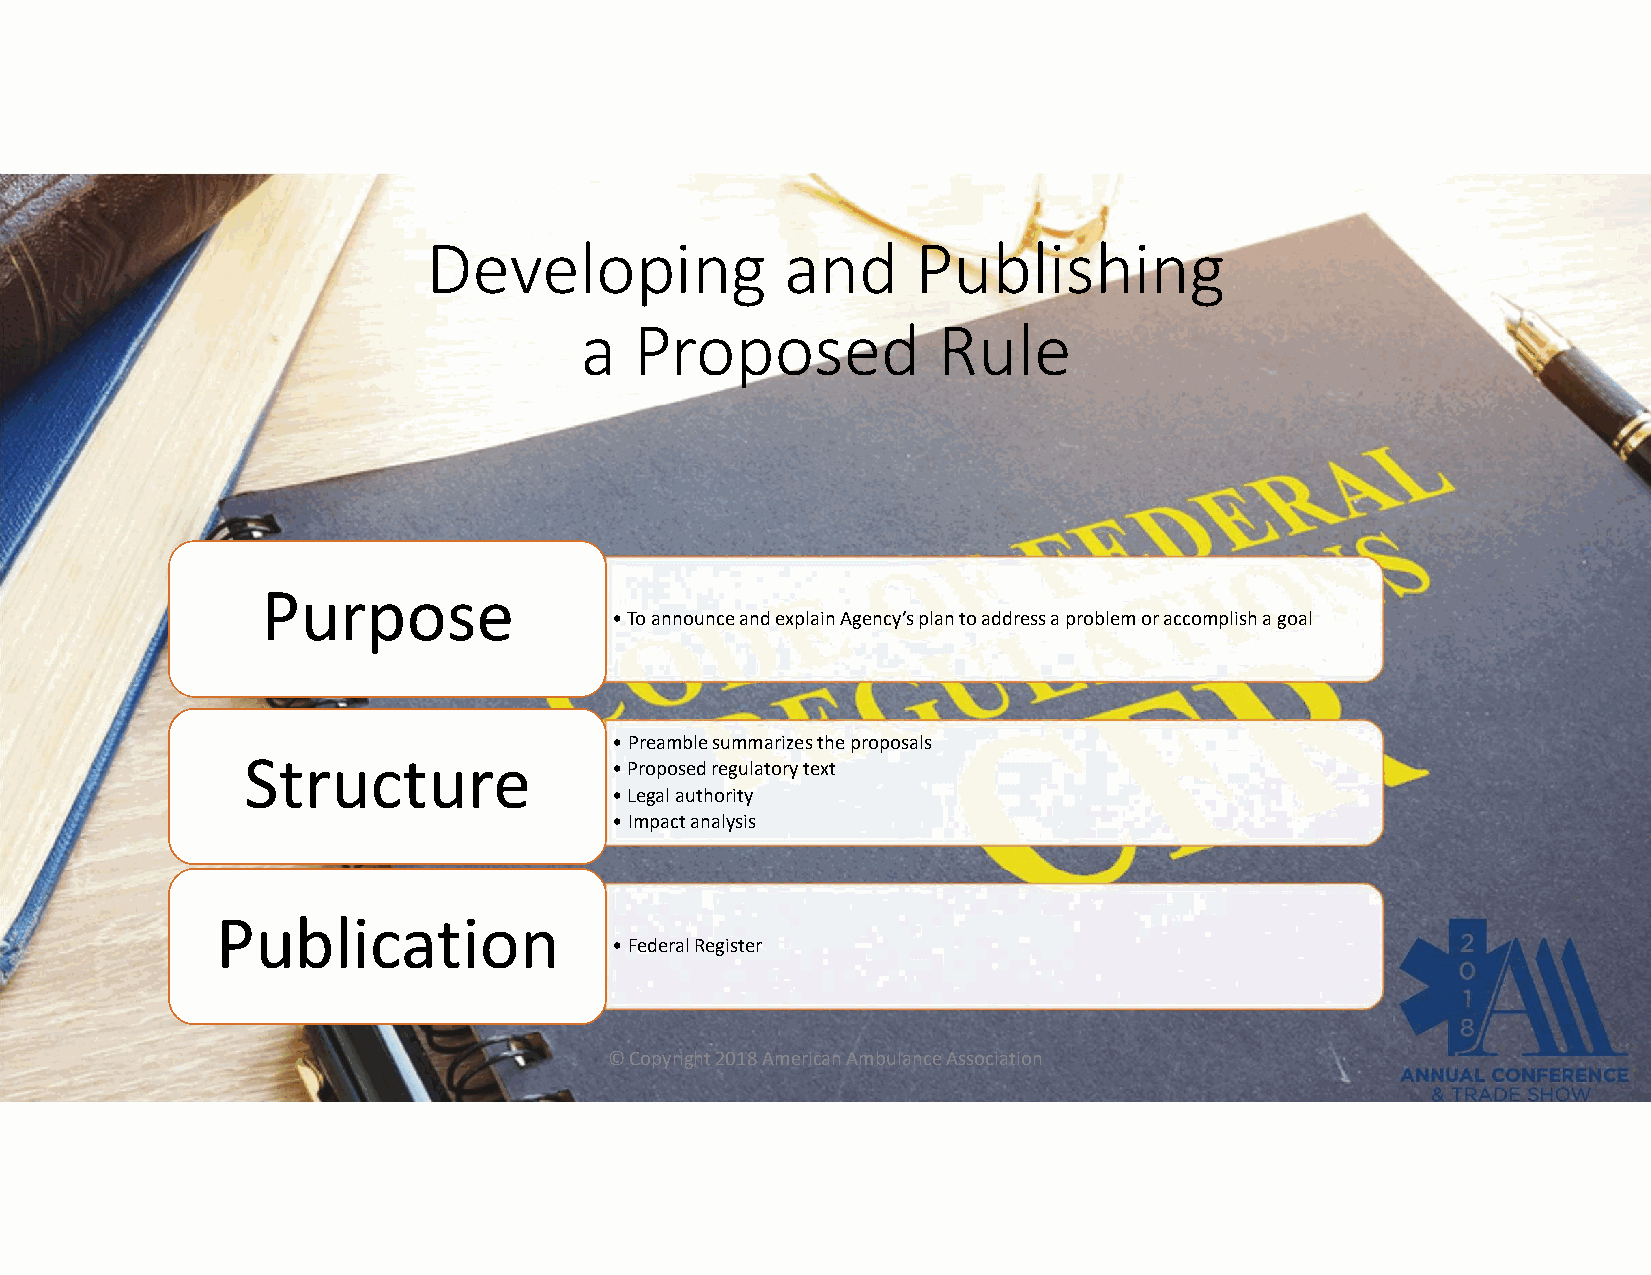
Developing              and      Publishing
 a   Proposed            Rule
 Purpose
 •To announce and explain Agency’s plan to address a problem or accomplish a goal
 •Preamble summarizes the proposals
 Structure
 •Proposed regulatory text
 •Legal authority
 •Impact analysis
 Publication
 •Federal Register
 © Copyright 2018 American Ambulance Association